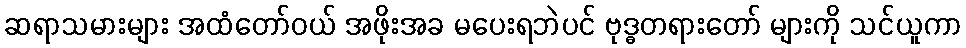
ဆရာသမားများ အထံတော်ဝယ် အဖိုးအခ မပေးရဘဲပင် ဗုဒ္ဓတရားတော် များကို သင်ယူကာ